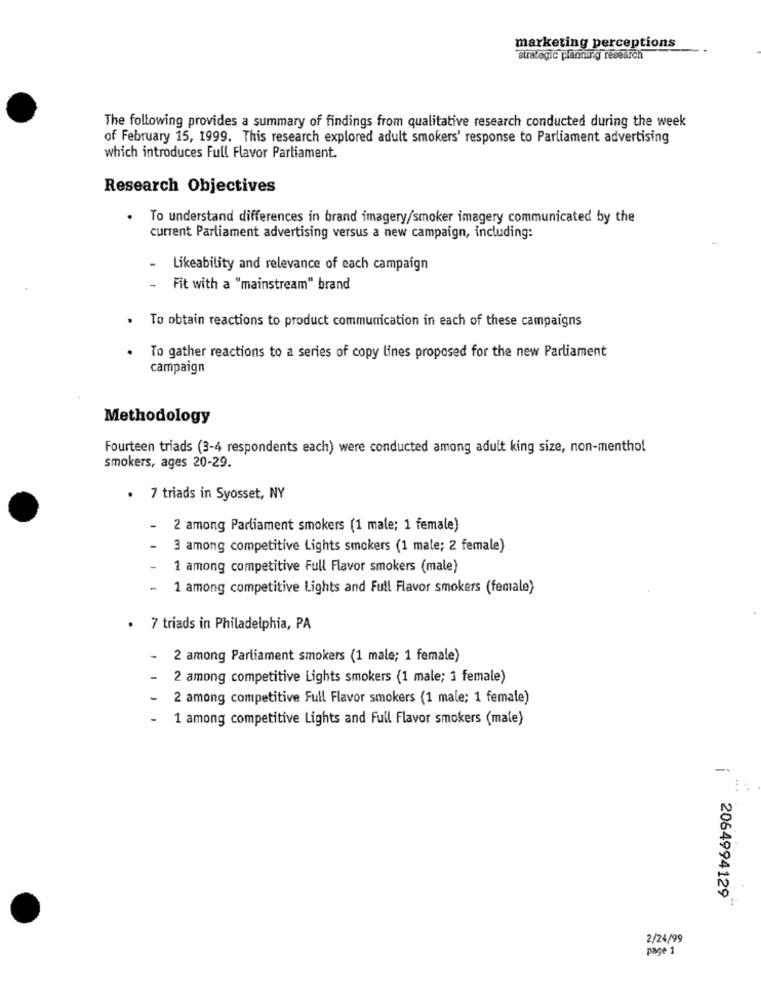
marketing perceptions
strategic planning research
The following provides a summary of findings from qualitative research conducted during the week
of February 15, 1999. This research explored adult smokers' response to Parliament advertising
which introduces Full Flavor Parliament.
Research Objectives
.
To understand differences in brand imagery/smoker imagery communicated by the
current Parliament advertising versus a new campaign, including:
-
Likeability and relevance of each campaign
-
Fit with a "mainstream" brand
To obtain reactions to product communication in each of these campaigns
To gather reactions to a series of copy lines proposed for the new Parliament
campaign
Methodology
Fourteen triads (3-4 respondents each) were conducted among adult king size, non-menthol
smokers, ages 20-29.
. 7 triads in Syosset, NY
-
2 among Parliament smokers (1 male; 1 female)
3 among competitive Lights smokers (1 male; 2 female)
1 among competitive Full Flavor smokers (male)
-
1 among competitive Lights and Full Flavor smokers (female)
.
7 triads in Philadelphia, PA
-
2 among Parliament smokers (1 male; 1 female)
2 among competitive Lights smokers (1 male; 1 female)
2 among competitive Full Flavor smokers (1 male; 1 female)
1 among competitive Lights and Full Flavor smokers (male)
2064994129
2/24/99
page 1